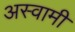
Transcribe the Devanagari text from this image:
अस्वामी